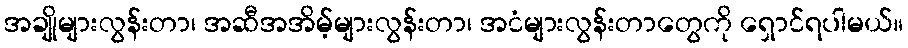
အချိုများလွန်းတာ၊ အဆီအအိမ့်များလွန်းတာ၊ အငံများလွန်းတာတွေကို ရှောင်ရပါမယ်။